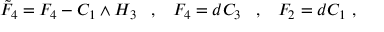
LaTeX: \tilde { F } _ { 4 } = F _ { 4 } - C _ { 1 } \wedge H _ { 3 } \; \; \; , \; \; \; F _ { 4 } = d C _ { 3 } \; \; \; , \; \; \; F _ { 2 } = d C _ { 1 } \ ,